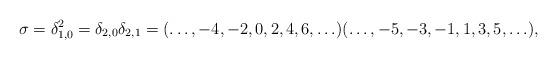
LaTeX: \begin{align*}\sigma = \delta_{1,0}^2 = \delta_{2,0} \delta_{2,1} = (\ldots, -4, -2, 0, 2, 4, 6,\ldots) (\ldots, -5, -3, -1, 1, 3, 5, \ldots), \end{align*}